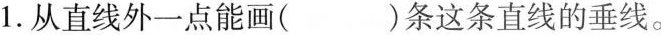
1.从直线外一点能画( )条这条直线的垂线。